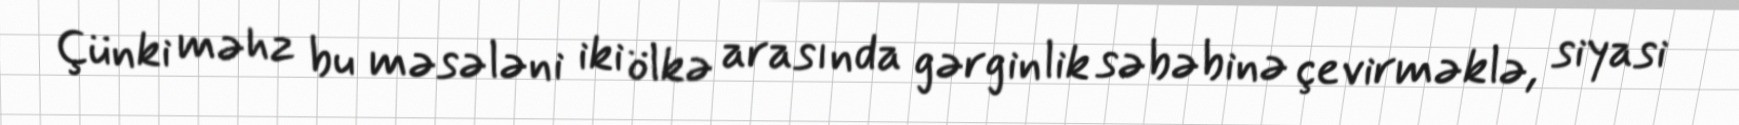
Çünki məhz bu məsələni iki ölkə arasında gərginlik səbəbinə çevirməklə, siyasi